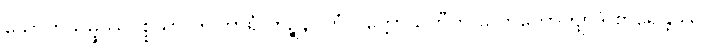
သောတသမ္ဖဿပစ္စယာ ဤကာရံ ကဉ္စနဂုဟံ ပက္ကောသတီတိ လောကောတျာဒိ စာရေန္တဿ